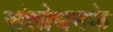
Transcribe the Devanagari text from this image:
संशोधनके